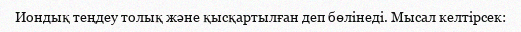
Иондық теңдеу толық және қысқартылған деп бөлінеді. Мысал келтірсек: